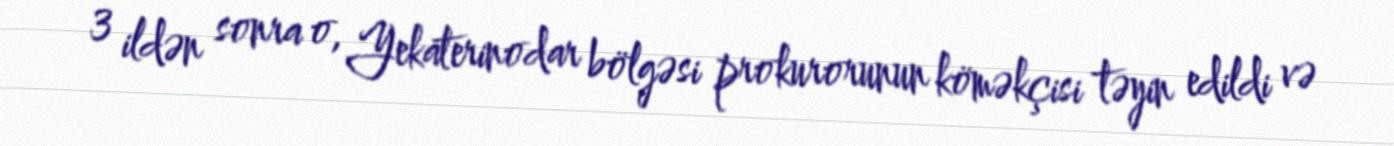
3 ildən sonra o, Yekaterinodar bölgəsi prokurorunun köməkçisi təyin edildi və